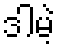
ဒါမဲ့